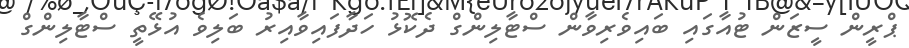
ޕްރީން ސީޒަން ޓުއާގައި ބައިވެރިވާން ސްޓާލިންގް ދެކޮޅު ހަދާފައިވާއިރު ބަލިވެ އުޅޭތީ ސްޓާލިންގް